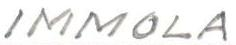
IMMOLA